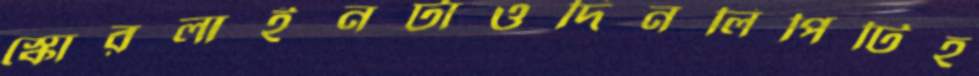
স্কোরলাইনটাওদিনলিপিটিহ